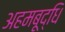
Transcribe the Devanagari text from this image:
अहमबूद्धि